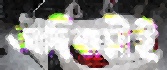
আদিবাসীই